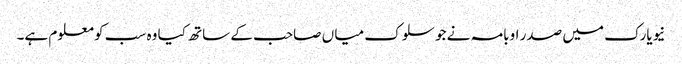
نیویارک میں صدر اوبامہ نے جو سلوک میا ں صاحب کے ساتھ کیا وہ سب کو معلوم ہے۔